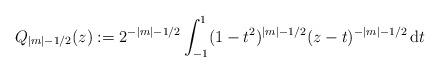
LaTeX: \begin{align*} Q_{|m|- 1/2}(z):= 2^{-|m|-1/2}\int_{-1}^1(1- t^2)^{|m|- 1/2}(z -t)^{-|m|-1/2}\,\mathrm dt\end{align*}